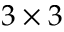
3 \times 3